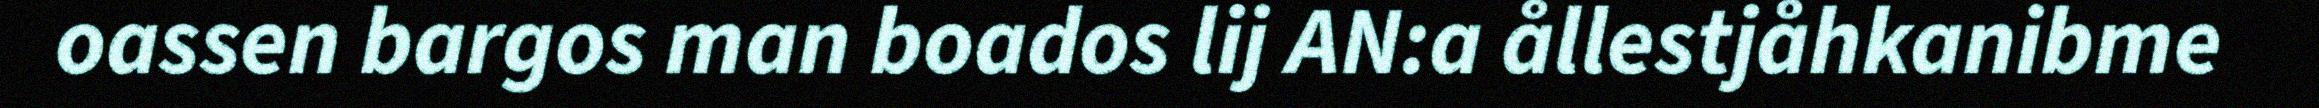
oassen bargos man boados lij AN:a ållestjåhkanibme